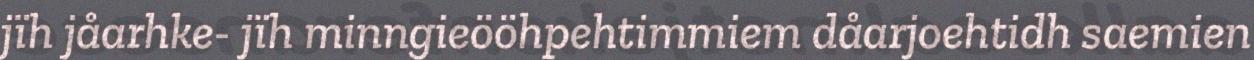
jïh jåarhke- jïh minngieööhpehtimmiem dåarjoehtidh saemien